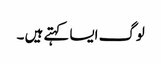
لوگ ایسا کہتے ہیں ۔